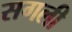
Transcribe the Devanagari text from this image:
सगली